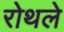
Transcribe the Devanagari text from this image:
रोथले